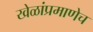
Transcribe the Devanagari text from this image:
खेळांप्रमाणेच